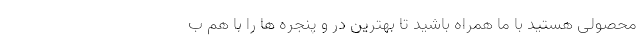
محصولی هستید با ما همراه باشید تا بهترین در و پنجره ها را با هم ب